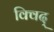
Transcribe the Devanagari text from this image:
क्विद्